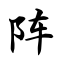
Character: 阵